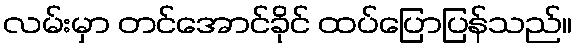
လမ်းမှာ တင်အောင်ခိုင် ထပ်ပြောပြန်သည်။